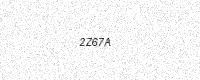
Text: 2Z67A